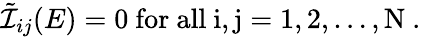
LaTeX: \tilde{\cal I}_{ij}(E)=0\mathrm{~for~all~i,j=1,2,\ldots,N~}.